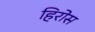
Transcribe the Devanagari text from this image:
हिरोस